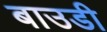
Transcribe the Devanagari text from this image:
बाउडी